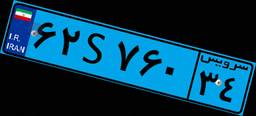
۶۲S۷۶۰۳۴